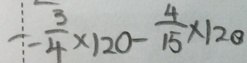
= \frac { 3 } { 4 } \times 1 2 0 - \frac { 4 } { 1 5 } \times 1 2 0